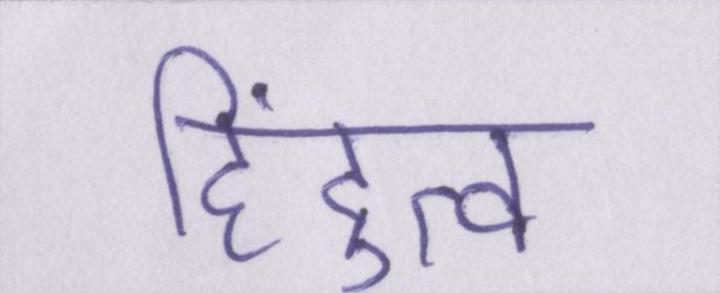
हिंदुत्व